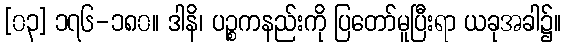
[၀၃] ၁၇၆-၁၈၀။ ဒါနိ၊ ပဉ္စကနည်းကို ပြတော်မူပြီးရာ ယခုအခါ၌။